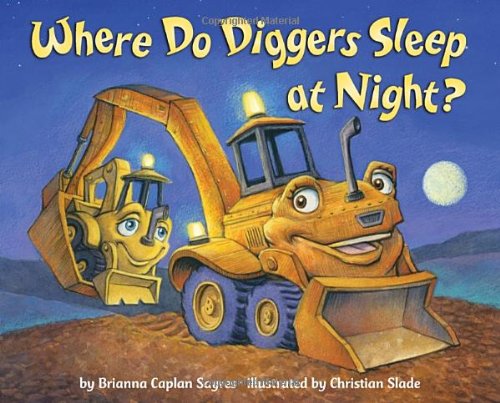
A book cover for Where Do Diggers Sleep at Night?; Brianna Caplan Sayres; Children's Books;